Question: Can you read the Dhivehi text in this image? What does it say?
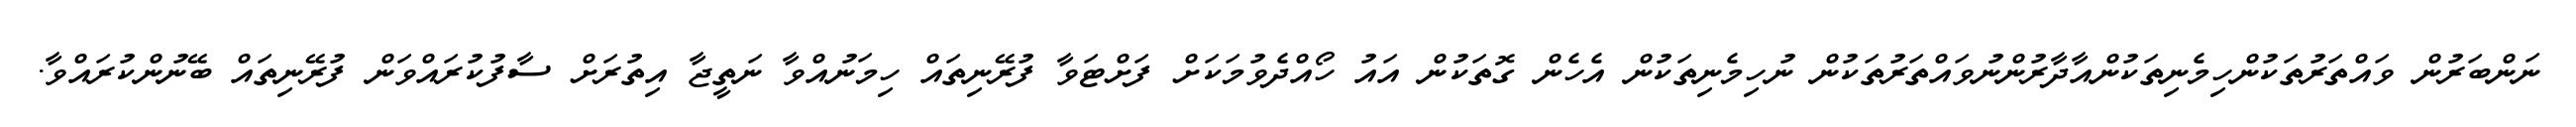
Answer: ނަންބަރުން ވައްތަރުތަކުންހިމެނިތަކުންއާދާރުންނުވައްތަރުތަކުން ނުހިމެނިތަކުން އެހެން ގޮތަކުން އައު ހޯއްދެވުމަކަށް ފަށްޓަވާ ފުރޭނިތައް ހިމަނުއްވާ ނަތީޖާ އިތުރަށް ސާފުކުރައްވަން ފުރޭނިތައް ބޭނުންކުރައްވާ.